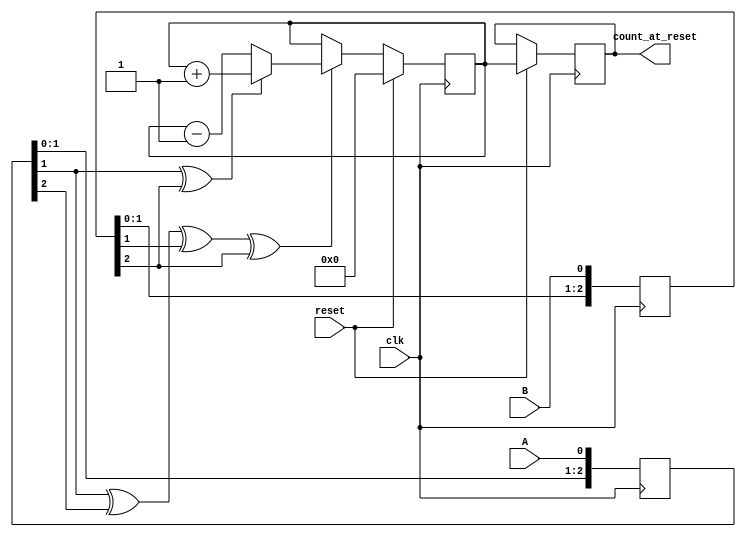
/* OSU Robotics Club Rover 2016
 * Core Electrical System Uniboard HDL
 * Written 2015-2016 Nick Ames <nick@fetchmodus.org> */
`default_nettype none

/* Decodes quadrature signals to a signed count value.
 * Adapted from http://www.fpga4fun.com/QuadratureDecoder.html. */
module QuadratureDecoder(
	input wire clk, 
	input wire A, 
	input wire B, 
	output reg [31:0] count_at_reset,
	input wire reset);

	reg [31:0] count;
	reg [2:0] quadA_delayed, quadB_delayed;
	
	wire count_enable = quadA_delayed[1] ^ quadA_delayed[2] ^ quadB_delayed[1] ^ quadB_delayed[2];
	wire count_direction = quadA_delayed[1] ^ quadB_delayed[2];
	
	always @(posedge clk)
		begin
			quadA_delayed <= {quadA_delayed[1:0], A};
			quadB_delayed <= {quadB_delayed[1:0], B};
			if(reset)
				begin
					count <= 0;
					count_at_reset <= count;
				end
			else
				begin
					if(count_enable)
						begin
							count = count_direction ? count + 1 : count - 1;
						end
				end
		end

endmodule

/* Encoder peripheral; implements the API for a single encoder.
   To facilitate this, this module accepts registers 0-3. */
module EncoderPeripheral(
	input wire clk_12MHz,
	input wire clk_100Hz,
	inout wire [31:0] databus,
	output tri [2:0] reg_size, /* Register size (in bytes), to set command reply size. */
	input wire [7:0] register_addr,
	input wire rw, /* 0 = write, 1 = read. */
	input wire select, /* Rising edge writes or hold high to read. */
	input wire A,
	input wire B,
	input wire I,
	input wire reset);
	
	parameter num_regs = 2;
	
	wire [31:0] register[num_regs-1:0];
	
	assign register[0] = {28'b0, A, B, I, 1'b0};
	wire qreset;
	assign qreset = reset | clk_100Hz;
	
	/* Bus read handling */
	reg [31:0] read_value;
	reg [2:0] read_size;
	reg prev_select;
	assign reg_size = select ? read_size : 'bz;
	assign databus = (select & rw) ? read_value : 'bz;
	
	/* Bus handling */
	always @ (posedge clk_12MHz)			
		begin
			prev_select <= select;
			if(select && ~prev_select)
				begin
					if(register_addr < num_regs)
						begin
							read_value <= register[register_addr];
							read_size <= (register_addr == 0) ? 3'd1 : 3'd4;
						end
					else
						begin
							read_value <= 'b0;
							read_size <= 'b0;
						end
				end
		end
		
	
		
	QuadratureDecoder q(.clk(clk_12MHz),
	                    .A(A),
	                    .B(B),
	                    .count_at_reset(register[1]),
	                    .reset(qreset));
endmodule